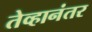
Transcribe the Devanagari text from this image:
तेव्हानंतर